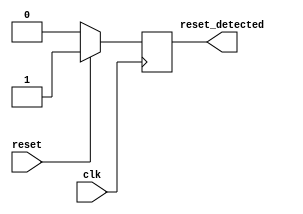
module synchronous_reset_detector (
    input wire clk,           // Clock signal
    input wire reset,         // Active-high asynchronous reset signal
    output reg reset_detected // Output indicating if reset condition is detected
);

    // On each rising edge of the clock, check the state of the reset signal
    always @(posedge clk) begin
        if (reset) begin
            // If reset is high, set reset_detected high
            reset_detected <= 1'b1;
        end else begin
            // If reset is low, clear reset_detected
            reset_detected <= 1'b0;
        end
    end

endmodule